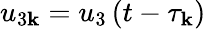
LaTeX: u_{3\mathbf{k}}=u_{3}\left(t-\tau_{\mathbf{k}}\right)